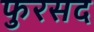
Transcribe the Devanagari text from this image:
फुरसद